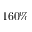
1 6 0 \%